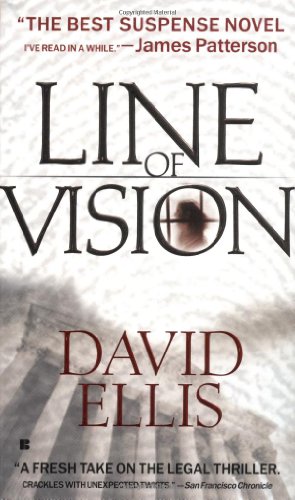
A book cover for Line of Vision; David Ellis; Mystery, Thriller & Suspense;